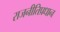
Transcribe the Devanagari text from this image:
राजनीतिप्रधान